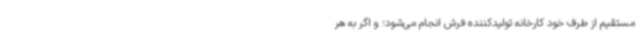
مستقیم از طرف خود کارخانه تولیدکننده فرش انجام می‌شود؛ و اگر به هر